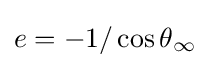
e=-1/\cos \theta {_{\infty }}